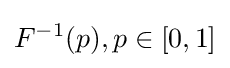
F^{-1}(p),p\in [0,1]